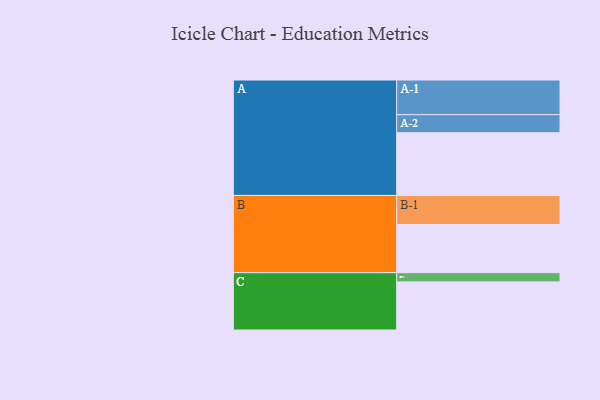
{"axis": {"x": "Segment", "y": "Value"}, "legend": ["", "A", "B", "C"], "data": [{"x": "A", "y": 476, "type": ""}, {"x": "B", "y": 365, "type": ""}, {"x": "C", "y": 365, "type": ""}, {"x": "A-1", "y": 263, "type": "A"}, {"x": "A-2", "y": 137, "type": "A"}, {"x": "B-1", "y": 221, "type": "B"}, {"x": "C-1", "y": 70, "type": "C"}]}